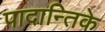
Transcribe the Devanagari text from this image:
पादान्तिके